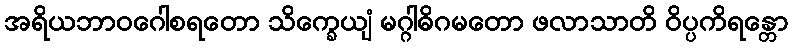
အရိယဘာဝဂေါစရတော သိက္ခေယျံ မဂ္ဂါဓိဂမတော ဖလာသာတိ ဝိပ္ပကိရန္တော